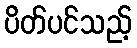
ပိတ်ပင်သည့်